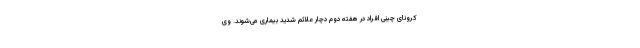
کرونای چینی افراد در هفته دوم دچار علائم شدید بیماری می‌شوند. وی